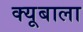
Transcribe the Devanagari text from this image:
क्यूबाला